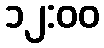
၁၂:၀၀